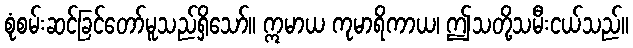
စုံစမ်းဆင်ခြင်တော်မူသည်ရှိသော်။ ဣမာယ ကုမာရိကာယ၊ ဤသတို့သမီးငယ်သည်။